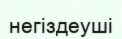
негіздеуші